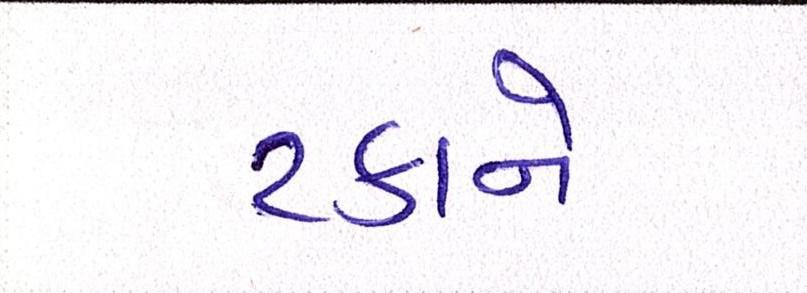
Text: ટકાને